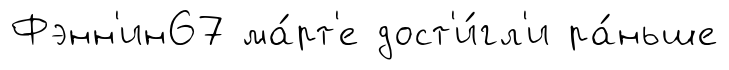
Фэнн'ин67 ма́рт'е дост'и́гл'и ра́ньше